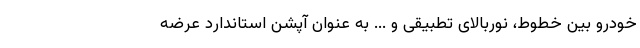
خودرو بین خطوط، نوربالای تطبیقی و ... به عنوان آپشن استاندارد عرضه